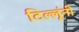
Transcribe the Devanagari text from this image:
टिल्लूंनी